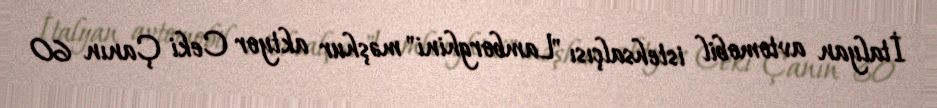
İtalyan avtomobil istehsalçısı "Lamborghini" məşhur aktyor Ceki Çanın 60